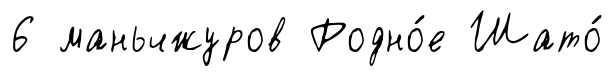
6 маньчжуров Родно́е Шато́